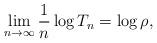
LaTeX: \begin{align*}\lim_{n \to \infty}\frac{1}{n} \log T_n=\log \rho,\end{align*}